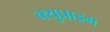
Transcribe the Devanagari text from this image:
क्युप्राइम